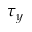
\tau _ { y }